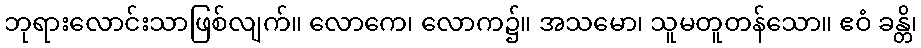
ဘုရားလောင်းသာဖြစ်လျက်။ လောကေ၊ လောက၌။ အသမော၊ သူမတူတန်သော။ ဧဝံ ခန္တိ၊